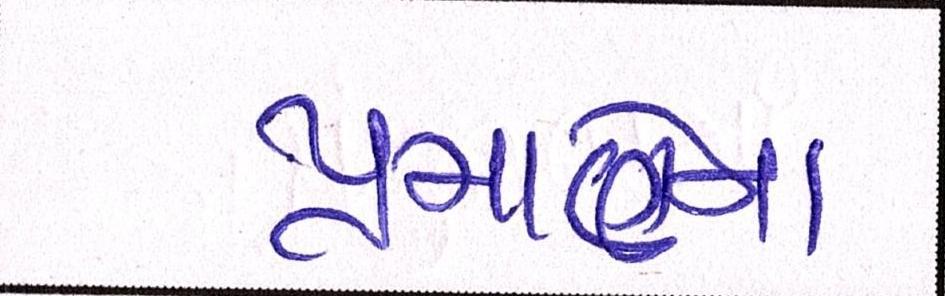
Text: પ્રમાણેના